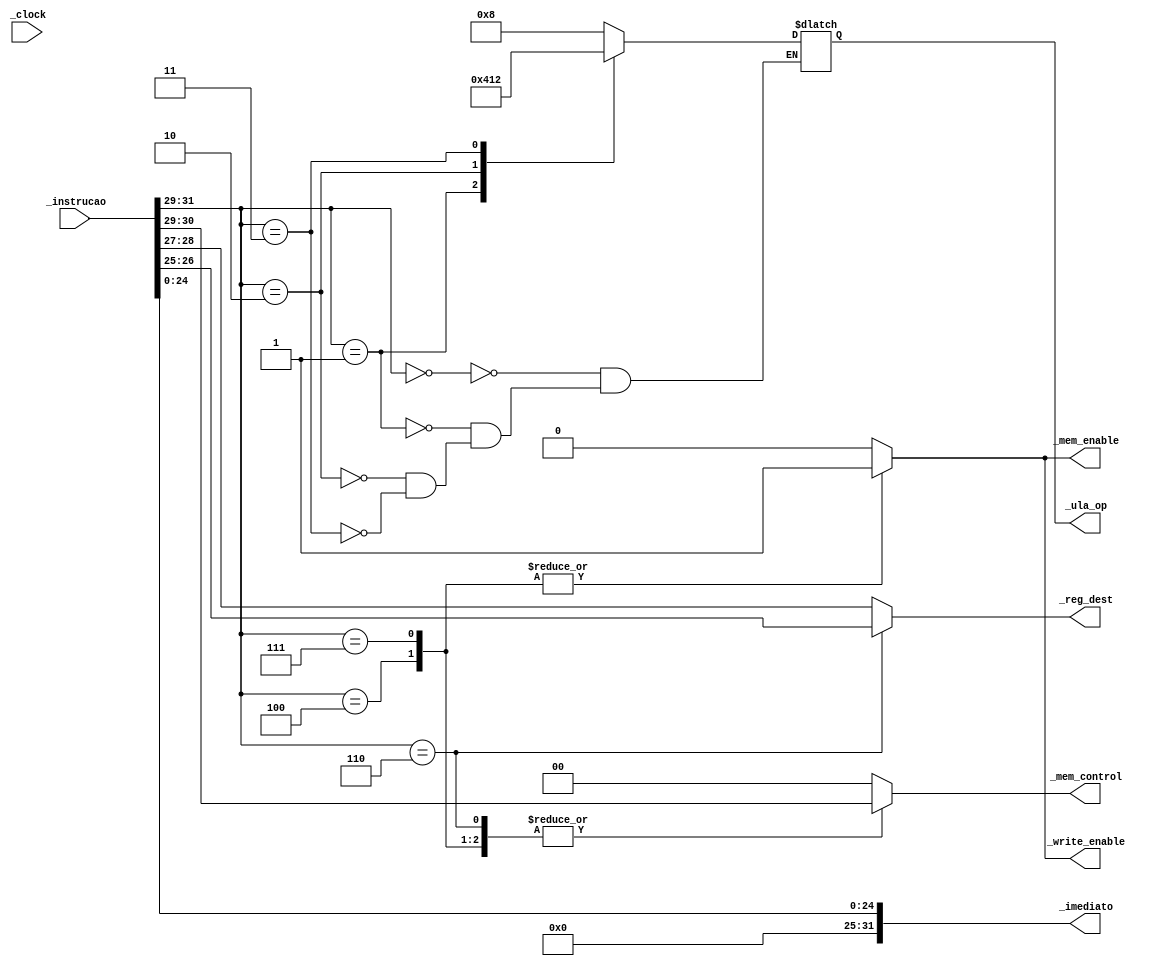
module Controle(_clock, _instrucao, _ula_op, _mem_control, _mem_enable, 
                                                 _write_enable,_reg_dest, _imediato);

input _clock;
input [31:0] _instrucao;
output reg [3:0] _ula_op;
output reg [1:0] _mem_control;
output reg _mem_enable;
output reg _write_enable;
output reg [1:0] _reg_dest;
output reg [31:0] _imediato;


always@(*) 
begin

_imediato <= { 7'b0000000, _instrucao[24:0] };
//_imediato = _instrucao[24:0];
_reg_dest = _instrucao[28:27]; //selecionado campo fonteA da instrucao
_mem_control = 2'b00; //Nos casos de ULA, setar em 0
_mem_enable = 1'b0;
_write_enable = 1'b0;


case(_instrucao[31:29])
    
    3'b000: //Adio
        _ula_op =  4'b1000;

    3'b001: //Subtrao
        _ula_op =  4'b0100;
        
    3'b010: //Diviso
        _ula_op =  4'b0001;
    
    3'b011: //MUultiplicao
        _ula_op =  4'b0010;

    3'b100: //Memory Clear
        _mem_control = _instrucao[30:29]; 

    3'b110: //Memory Read
        _mem_control = _instrucao[30:29]; 
    
    3'b111: //Memory Write
        _mem_control = _instrucao[30:29]; 

endcase

case(_instrucao[31:29])

    3'b110: //Memory Read
        _reg_dest = _instrucao[26:25]; //selecionado campo dest da instrucao

    3'b100: //Memory Clear
        _mem_enable = 1'b1; 

    3'b110: //Memory Read
        _mem_enable = 1'b1; 
    
    3'b111: //Memory Write
        _mem_enable = 1'b1; 

endcase

case(_instrucao[31:29]) //analisar write_enable

    3'b100: //Memory Clear
        _write_enable = 1'b1; 
    
    3'b111: //Memory Write
        _write_enable = 1'b1; 

endcase

end


endmodule